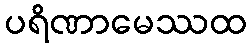
ပရိဏာမေဿထ